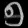
Digit: ၅